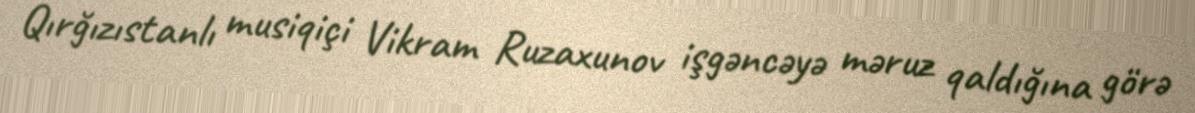
Qırğızıstanlı musiqiçi Vikram Ruzaxunov işgəncəyə məruz qaldığına görə